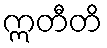
ဣတီတိ